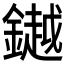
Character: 𨬓